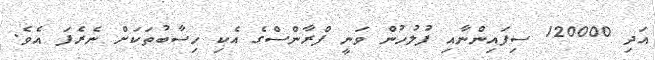
އަދި 120000 ސިފައިންނާއި ފުލުހުން ވަނީ ފްރާންސްގެ އެކި ހިސާބުތަކަށް ނެރެފަ އެވެ.